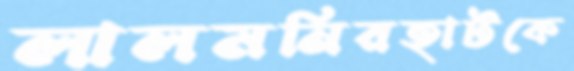
লালমনিরহাটকে